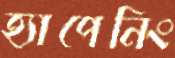
হ্যাপেনিং